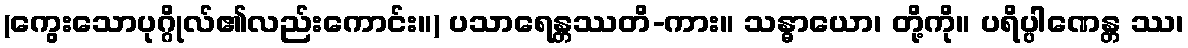
(ကွေးသောပုဂ္ဂိုလ်၏လည်းကောင်း။) ပသာရေန္တဿတိ-ကား။ သန္ဓာယော၊ တို့ကို။ ပရိပ္ပါဏေန္တ ဿ၊